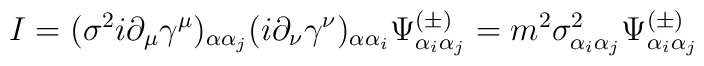
I=(\sigma^2i\partial_\mu\gamma^\mu)_{\alpha\alpha_j}(i\partial_\nu\gamma^\nu)_{\alpha\alpha_i}\Psi^{(\pm)}_{\alpha_i\alpha_j}=m^2\sigma^2_{\alpha_i\alpha_j}\Psi^{(\pm)}_{\alpha_i\alpha_j}